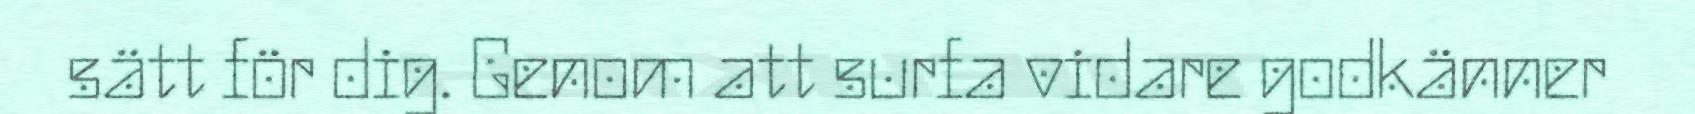
sätt för dig. Genom att surfa vidare godkänner